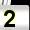
Digit: 2